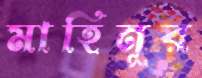
মাহিনূর